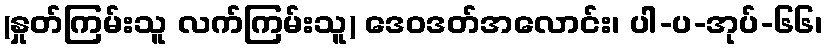
(နှုတ်ကြမ်းသူ လက်ကြမ်းသူ) ဒေဝဒတ်အလောင်း၊ ပါ-ပ-အုပ်-၆၆၊